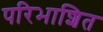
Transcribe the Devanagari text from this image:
परिभाशित